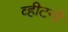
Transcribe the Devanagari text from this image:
व्हीटनी